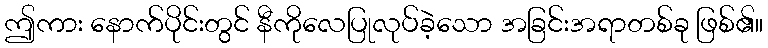
ဤကား နောက်ပိုင်းတွင် နီကိုလေပြုလုပ်ခဲ့သော အခြင်းအရာတစ်ခု ဖြစ်၏။